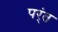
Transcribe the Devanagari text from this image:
पर्ंत